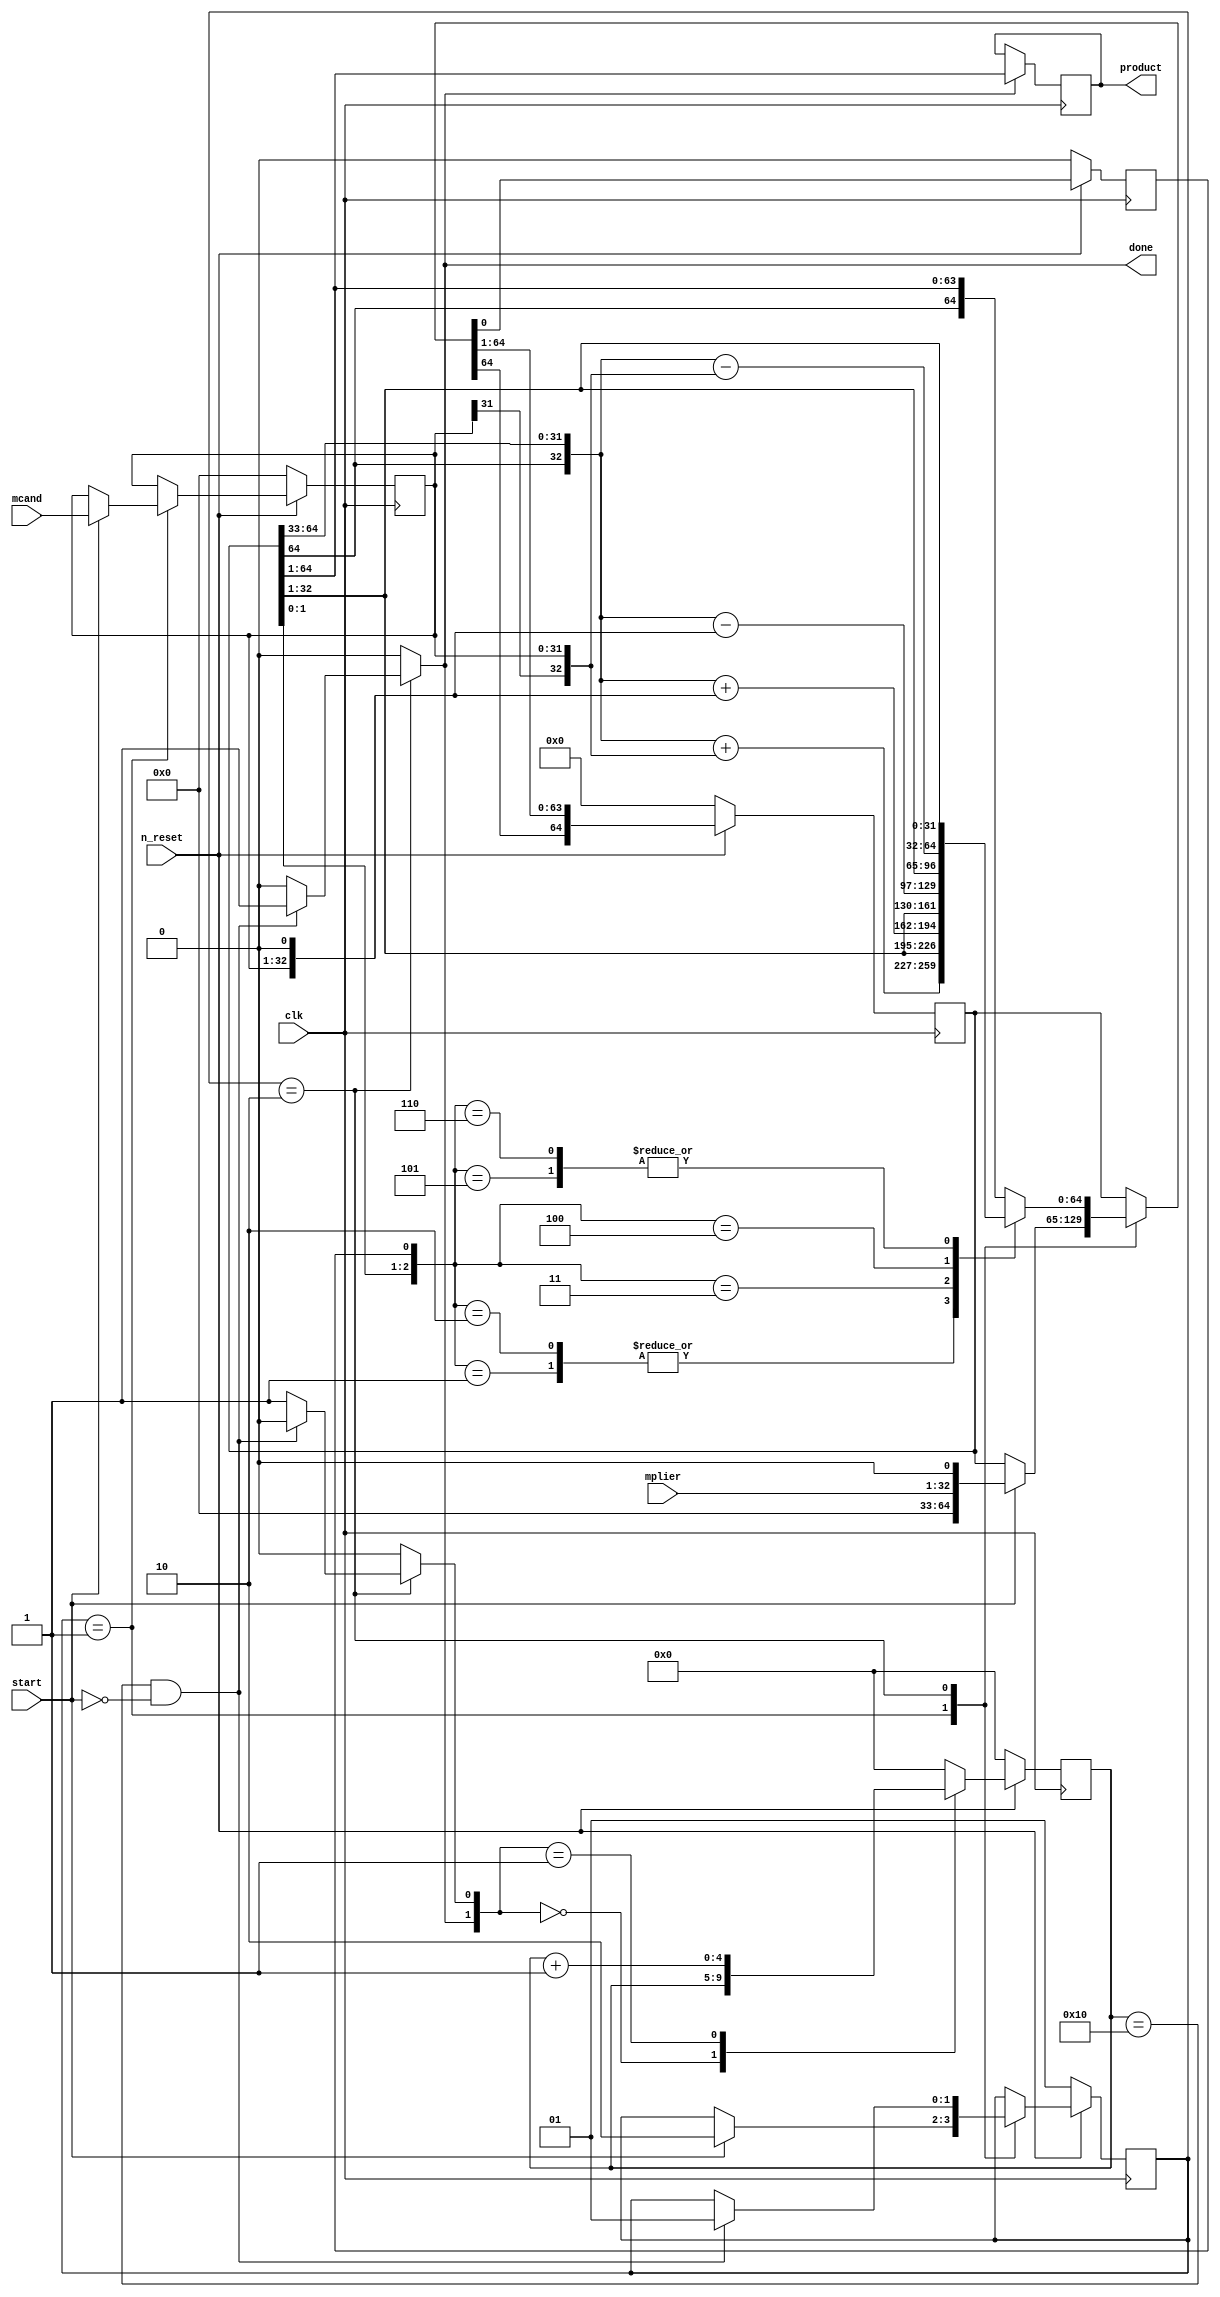
//// Booth_mult.v

////////////////////////// Booth Radix-4 Multiplier ///////////////////////////////////
////***********************************************************************
//// FPGA: MachXO2 7000HE
//// IDE: Diamond 2.0.1 
////
//// HDL IS PROVIDED "AS IS." DIGI-KEY EXPRESSLY DISCLAIMS ANY
//// WARRANTY OF ANY KIND, WHETHER EXPRESS OR IMPLIED, INCLUDING BUT NOT
//// LIMITED TO, THE IMPLIED WARRANTIES OF MERCHANTABILITY, FITNESS FOR A
//// PARTICULAR PURPOSE, OR NON-INFRINGEMENT. IN NO EVENT SHALL DIGI-KEY
//// BE LIABLE FOR ANY INCIDENTAL, SPECIAL, INDIRECT OR CONSEQUENTIAL
//// DAMAGES, LOST PROFITS OR LOST DATA, HARM TO YOUR EQUIPMENT, COST OF
//// PROCUREMENT OF SUBSTITUTE GOODS, TECHNOLOGY OR SERVICES, ANY CLAIMS
//// BY THIRD PARTIES (INCLUDING BUT NOT LIMITED TO ANY DEFENSE THEREOF),
//// ANY CLAIMS FOR INDEMNITY OR CONTRIBUTION, OR OTHER SIMILAR COSTS.
//// DIGI-KEY ALSO DISCLAIMS ANY LIABILITY FOR PATENT OR COPYRIGHT
//// INFRINGEMENT.
////
//// Version History
//// Version 1.0 04/14/2013 Tony Storey
//// Initial Public Release
//// Small Footprint Button Debouncer


//`timescale 1ns/ 100 ps
module Booth_mult #(parameter N= 32)		// parametrizable data width N
		(
		output 	reg 	[2*N-1 : 0]	product,			// outputs
		output 	reg								done,
		input 	wire	[N-1 : 0]		mplier, 			// inputs
		input 	wire	[N-1 : 0]		mcand,	
		input 	wire							n_reset, 
		input 	wire							start, 
		input 	wire							clk
		);
////---------------- states for FSM --------------------------------------		
	parameter IDLE = 2'b01, BUSY = 2'b10;
	reg 	[1 : 0] 		state_reg, state_next;
		
////---------------- internal variables ----------------------------------
	reg 	[$clog2(N>>1) : 0]		q_reg, q_next;		// scales counter to N/2 counts,    $clog2(N>>1) = log(N/2)/log(2)
	reg 	[2*N : 0]	prod_reg, prod_next;	
	reg 	 					result_reg;										// used to dertermine least sig bit for 3 bit boothe encoding
	reg		[N-1 : 0] 	mcand_reg, mcand_next;
	reg							q_add, q_reset;
//// ------------- contenious assignments ----------------------------


//// Always block to update the states
	always @ (posedge clk)
		begin	:	FSM_Synch
			if(n_reset == 1'b 0)
				begin
					state_reg <= IDLE;
					q_reg <= 7'b 000_0000;
					prod_reg <= {2*N {1'b 0} };
					result_reg <= 3'b 000;
					mcand_reg <= 1'b 0;
				end
			else
				begin
					q_reg <= q_next;
					state_reg <= state_next;
					prod_reg <= { prod_next[2*N], prod_next[2*N : 1] }; 
					result_reg <= prod_next[0];
					mcand_reg <= mcand_next;
				end
		end
	
//// Combo Counter with Control Flags
	always @ ( q_reset, q_add, q_reg)
		begin	:	Counter
			case( {q_reset , q_add} )
				2'b00 :
						q_next = q_reg;
				2'b01 :
						q_next = q_reg + 1;
				default :
						q_next = { N {1'b0} };
			endcase 	
		end
	
	
//// Calculate next state and outputs
	always @ ( * )
		begin	:	FSM_Comb
			//// initializations
			q_add = 1'b 0;
			q_reset =1'b 0;
			done = 1'b 0;
			state_next = state_reg;
			prod_next = prod_reg;
			mcand_next = mcand_reg;
			
			case ( state_reg )
				IDLE	:	
					begin
						if( start == 1'b 1 )
							begin
								mcand_next = mcand;
								prod_next = { {N-1 {1'b 0} }, mplier, 1'b 0};
								state_next = BUSY;
							end
						else
							begin
								mcand_next = mcand_reg;
							end
					end
					
				BUSY	:
					begin
						q_add = 1'b 1;		// start adder
						if((q_reg == ( N >> 1)) && (start != 1'b 1))											// after N/2 clock cycles multiplication is done
							begin
								done = 1'b 1;
								q_add = 1'b 0;
								q_reset = 1'b 1;
								state_next = IDLE;
							end
							
						//// Booth Decode and Operation, encoding comes from prod_next[2:0] after sequential update 
						case ({prod_reg[1:0], result_reg})
							3'b 001		:		prod_next = {(  {prod_reg[2*N], prod_reg[2*N : N+1]}   +    { mcand_reg[N-1], mcand_reg }   ), prod_reg[N : 1]};		// Add Mcand

							3'b 010		:		prod_next = {(  {prod_reg[2*N], prod_reg[2*N : N+1]}   +    { mcand_reg[N-1], mcand_reg }   ), prod_reg[N : 1]};		// Add Mcand

							3'b 011		:		prod_next = {( {prod_reg[2*N], prod_reg[2*N : N+1]}  +   {mcand_reg, 1'b 0} ),  prod_reg[N : 1]};									// Add 2*Mcand

							3'b 100		:		prod_next = {( {prod_reg[2*N], prod_reg[2*N : N+1]}  -   {mcand_reg, 1'b 0} ),  prod_reg[N : 1]};									// Sub 2*Mcand

							3'b 101		:		prod_next = {(  {prod_reg[2*N], prod_reg[2*N : N+1]}   -    {mcand_reg[N-1], mcand_reg}   ), prod_reg[N : 1]};		// Sub Mcand

							3'b 110		:		prod_next = {(  {prod_reg[2*N], prod_reg[2*N : N+1]}   -    {mcand_reg[N-1], mcand_reg}   ), prod_reg[N : 1]};		// Sub Mcand								

							default 	:		prod_next = { prod_reg[2*N], prod_reg[2*N : 1] }; 																																// Shift >> 1

						endcase
						
					end  // end BUSY
				
			endcase
			
	end  // end always

//// Synch ouput with done for enable
	always @ (posedge clk)
		begin 	: 	Synch_Output
			if	(done)
				product <= prod_reg[2*N : 1] ; 
		end
		
		
		
		
endmodule